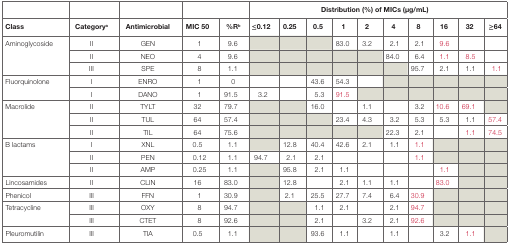
<table><thead><tr><td></td><td></td><td></td><td colspan="2"></td><td colspan="10"><b>Distribution (%) of MICs (μg/mL)</b></td></tr><tr><td><b>Class</b></td><td><b>Category<sup>a</sup></b></td><td><b>Antimicrobial</b></td><td><b>MIC 50</b></td><td><b>%R<sup>b</sup></b></td><td><b>≤0.12</b></td><td><b>0.25</b></td><td><b>0.5</b></td><td><b>1</b></td><td><b>2</b></td><td><b>4</b></td><td><b>8</b></td><td><b>16</b></td><td><b>32</b></td><td><b>≥64</b></td></tr></thead><tbody><tr><td rowspan="3">Aminoglycoside</td><td>II</td><td>GEN</td><td>1</td><td>9.6</td><td></td><td></td><td></td><td>83.0</td><td>3.2</td><td>2.1</td><td>2.1</td><td>9.6</td><td></td><td></td></tr><tr><td>II</td><td>NEO</td><td>4</td><td>9.6</td><td></td><td></td><td></td><td></td><td></td><td>84.0</td><td>6.4</td><td>1.1</td><td>8.5</td><td></td></tr><tr><td>III</td><td>SPE</td><td>8</td><td>1.1</td><td></td><td></td><td></td><td></td><td></td><td></td><td>95.7</td><td>2.1</td><td>1.1</td><td>1.1</td></tr><tr><td rowspan="2">Fluorquinolone</td><td>I</td><td>ENRO</td><td>1</td><td>0</td><td></td><td></td><td>43.6</td><td>54.3</td><td></td><td></td><td></td><td></td><td></td><td></td></tr><tr><td>I</td><td>DANO</td><td>1</td><td>91.5</td><td>3.2</td><td></td><td>5.3</td><td>91.5</td><td></td><td></td><td></td><td></td><td></td><td></td></tr><tr><td rowspan="3">Macrolide</td><td>II</td><td>TYLT</td><td>32</td><td>79.7</td><td></td><td></td><td>16.0</td><td></td><td>1.1</td><td></td><td>3.2</td><td>10.6</td><td>69.1</td><td></td></tr><tr><td>II</td><td>TUL</td><td>64</td><td>57.4</td><td></td><td></td><td></td><td>23.4</td><td>4.3</td><td>3.2</td><td>5.3</td><td>5.3</td><td>1.1</td><td>57.4</td></tr><tr><td>II</td><td>TIL</td><td>64</td><td>75.6</td><td></td><td></td><td></td><td></td><td></td><td>22.3</td><td>2.1</td><td></td><td>1.1</td><td>74.5</td></tr><tr><td rowspan="3">B lactams</td><td>I</td><td>XNL</td><td>0.5</td><td>1.1</td><td></td><td>12.8</td><td>40.4</td><td>42.6</td><td>2.1</td><td>1.1</td><td>1.1</td><td></td><td></td><td></td></tr><tr><td>II</td><td>PEN</td><td>0.12</td><td>1.1</td><td>94.7</td><td>2.1</td><td>2.1</td><td></td><td></td><td></td><td>1.1</td><td></td><td></td><td></td></tr><tr><td>II</td><td>AMP</td><td>0.25</td><td>1.1</td><td></td><td>95.8</td><td>2.1</td><td>1.1</td><td></td><td></td><td></td><td>1.1</td><td></td><td></td></tr><tr><td>Lincosamides</td><td>II</td><td>CLIN</td><td>16</td><td>83.0</td><td></td><td>12.8</td><td></td><td>2.1</td><td>1.1</td><td>1.1</td><td></td><td>83.0</td><td></td><td></td></tr><tr><td>Phenicol</td><td>III</td><td>FFN</td><td>1</td><td>30.9</td><td></td><td>2.1</td><td>25.5</td><td>27.7</td><td>7.4</td><td>6.4</td><td>30.9</td><td></td><td></td><td></td></tr><tr><td rowspan="2">Tetracycline</td><td>III</td><td>OXY</td><td>8</td><td>94.7</td><td></td><td></td><td>1.1</td><td>2.1</td><td></td><td>2.1</td><td>94.7</td><td></td><td></td><td></td></tr><tr><td>III</td><td>CTET</td><td>8</td><td>92.6</td><td></td><td></td><td>2.1</td><td></td><td>3.2</td><td>2.1</td><td>92.6</td><td></td><td></td><td></td></tr><tr><td>Pleuromutilin</td><td>III</td><td>TIA</td><td>0.5</td><td>1.1</td><td></td><td></td><td>93.6</td><td>1.1</td><td></td><td>1.1</td><td></td><td>3.2</td><td>1.1</td><td></td></tr></tbody></table>